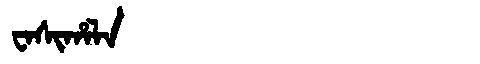
Manchu: ᠸᠠᠰᡳᡥᠠᠯᠠ
Romanization: WASIHALA